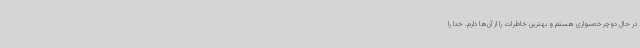
در حال دوچرخه‌سواری هستم و بهترین خاطرات را از آن‌ها دارم. خدا را